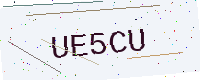
Text: UE5CU